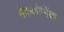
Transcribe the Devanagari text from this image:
मेककोर्मिक